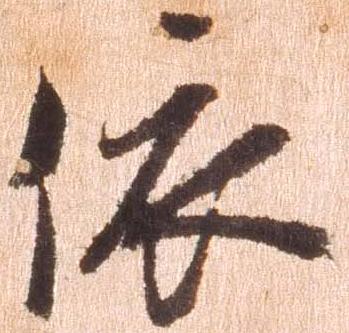
依